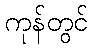
ကုန်တွင်